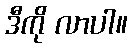
ဒီကို လာပါ။